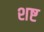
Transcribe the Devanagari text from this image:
शष्ट